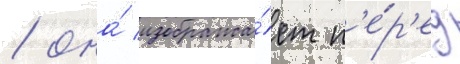
/ она́ изобража́ет п'е́р'ед